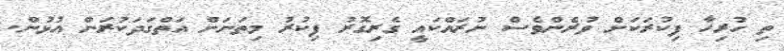
ތި ހުރިހާ ފިކުރަަކަށް ވުރެންވެސް ނުރައްކައީ ގެރިގޮރު ފިކުރު މިތަނަށް އަތްގަދަކުރަން އުޅުން.